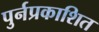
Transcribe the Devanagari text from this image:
पुर्नप्रकाशित